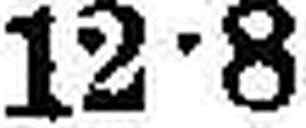
12•8